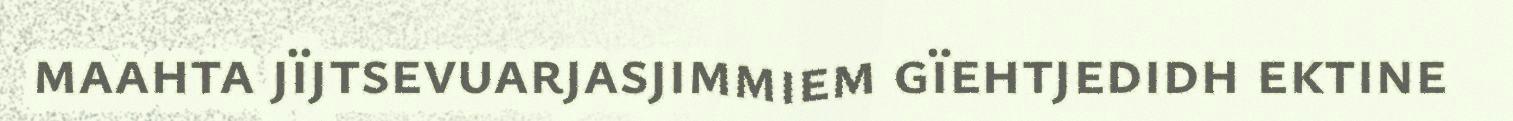
maahta jïjtsevuarjasjimmiem gïehtjedidh ektine